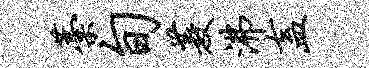
藁旬菱沸盍